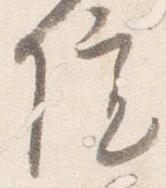
院